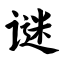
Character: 谜